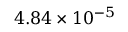
4 . 8 4 \times 1 0 ^ { - 5 }